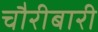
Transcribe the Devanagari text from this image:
चौरीबारी